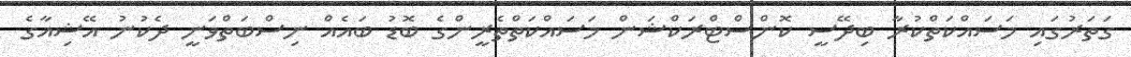
ގަތަރުގައި މަސައްކަތްކުރާ ބިދޭސީ ކޮންސްޓްރަކްޝަން މަސައްކަތްތެރީންގެ ބޮޑު ބައެއް ނިސްބަތްވަނީ ދެކުނު އޭޝިއާގެ